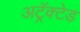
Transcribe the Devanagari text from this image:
अट्रॅक्टेड